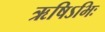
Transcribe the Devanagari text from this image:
ऋषिऽभिः